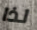
لذا